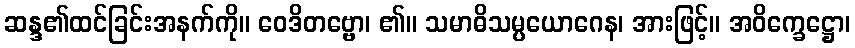
ဆန္ဒ၏ထင်ခြင်းအနက်ကို။ ဝေဒိတဗ္ဗော၊ ၏။ သမာဓိသမ္ပယောဂေန၊ အားဖြင့်။ အဝိက္ခေဋ္ဌော၊